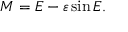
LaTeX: M = E - \varepsilon \sin E .